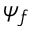
\psi _ { f }